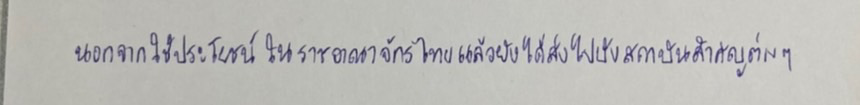
นอกจากใช้ประโยชน์ในราชอาณาจักรไทยแล้วยังได้ส่งไปยังสถาบันสำคัญต่างๆ